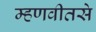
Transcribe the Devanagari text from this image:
म्हणवीतसे